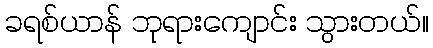
ခရစ်ယာန် ဘုရားကျောင်း သွားတယ်။